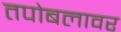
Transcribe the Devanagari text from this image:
तपोबलावर